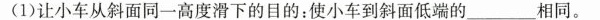
(1)让小车从斜面同一高度滑下的目的：使小车到斜面低端的___相同。